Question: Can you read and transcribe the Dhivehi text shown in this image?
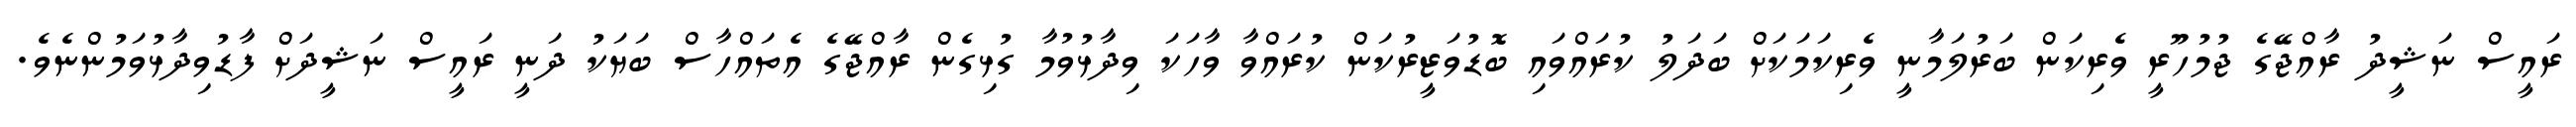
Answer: ރައީސް ނަޝީދު ރާއްޖޭގެ ޖުމުހޫރީ ވެރިކަން ބަރުލަމާނީ ވެރިކަމަކަށް ބަދަލު ކުރައްވައި ބޮޑުވަޒީރުކަން ކުރައްވާ ވާހަކަ ވިދާޅުވުމާ ގުޅިގެން ރާއްޖޭގެ އެތައްހާސް ބަޔަކު ދަނީ ރައީސް ނަޝީދަށް ފާޑުވިދާޅުވަމުންނެވެ.